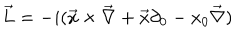
LaTeX: \vec { L } = - i ( \vec { x } \times \vec { \nabla } + \vec { x } \partial _ { 0 } - x _ { 0 } \vec { \nabla } )